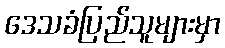
ဒေသခံပြည်သူများမှာ